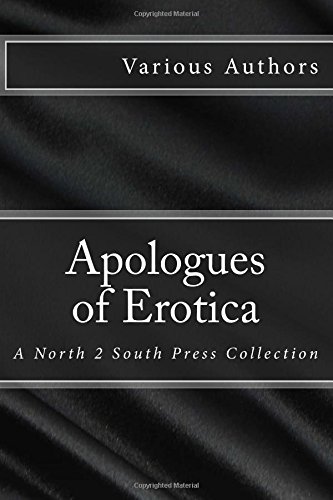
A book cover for Apologues of Erotica; Renee Rain; Romance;